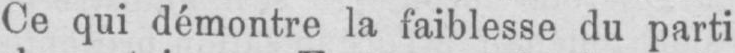
Ce qui démontre la faiblesse du parti